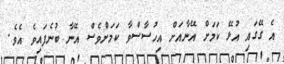
އެ ގޭގައި އުޅޭ ކަމަށް އޭނާއަށް އިހުސާސްވާ ކަމަށްވެސް އޭނާ ބުނެފައިވެ އެވެ.